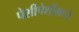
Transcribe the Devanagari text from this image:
पेशीपेशींमध्ये